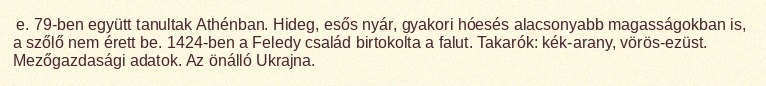
e. 79-ben együtt tanultak Athénban. Hideg, esős nyár, gyakori hóesés alacsonyabb magasságokban is, a szőlő nem érett be. 1424-ben a Feledy család birtokolta a falut. Takarók: kék-arany, vörös-ezüst. Mezőgazdasági adatok. Az önálló Ukrajna.